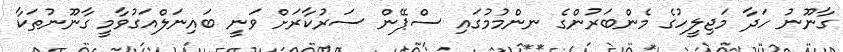
ގާނޫނު ހަދާ މަޖިލީހުގެ މެންބަރުންގެ ނންމުމުގައި ސްޕޭން ސަރުކާރަށް ވަނީ ބައިނަލްއަގުވާމީ ގާނޫނުތަކާ